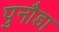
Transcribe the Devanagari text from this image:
पुनौडा